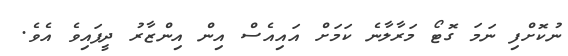
ނުކޮށްފި ނަމަ ގޮޓޯ މަރާލާނެ ކަމަށް އައިއެސް އިން އިންޒާރު ދީފައިވެ އެވެ.